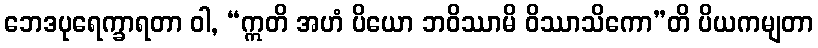
ဘေဒပုရေက္ခာရတာ ဝါ, “ဣတိ အဟံ ပိယော ဘဝိဿာမိ ဝိဿာသိကော”တိ ပိယကမျတာ